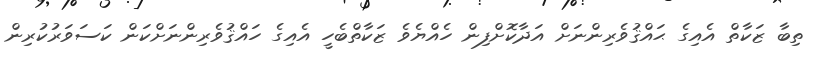
ތިބާ ޒަކާތް އެއިގެ ޙައްޤުވެރިންނަށް އަދާކޮށްފިން ހެއްޔެވެ ޒަކާތްބެހީ އެއިގެ ހައްޤުވެރިންނަށްކަން ކަސަވަރުކުރިން